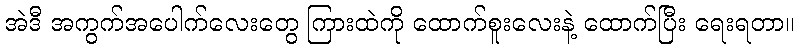
အဲဒီ အကွက်အပေါက်လေးတွေ ကြားထဲကို ထောက်စူးလေးနဲ့ ထောက်ပြီး ရေးရတာ။